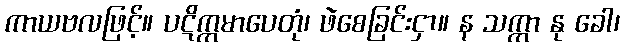
ကာယဗလဖြင့်။ ပဋိက္ကမာပေတုံ၊ ဖဲစေခြင်းငှာ။ န သက္ကာ နု ခေါ၊